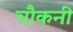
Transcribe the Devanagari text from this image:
चौकनी